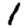
Digit: 1